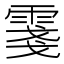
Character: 𲉺